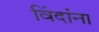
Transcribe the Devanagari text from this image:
विंदांना